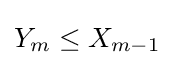
Y_{m}\leq X_{m-1}